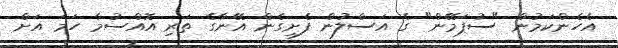
އެހެންކަމުން "ސުޕަމޭން" ގެ އަސްލުން ފެށިގެން އޭނާގެ ތަރި އޮއްސުމާ ހަމަ އަށް